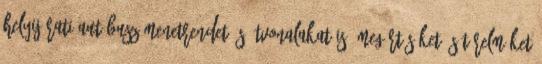
helyijárati autóbusz menetrendet és útvonalakat is. Megértésüket és türelmüket